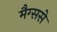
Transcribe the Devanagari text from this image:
मैग्ससे